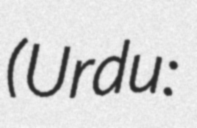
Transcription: (Urdu: